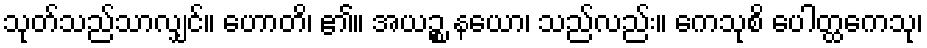
သုတ်သည်သာလျှင်။ ဟောတိ၊ ၏။ အယဉ္စ နယော၊ သည်လည်း။ ကေသုစိ ပေါတ္ထကေသု၊